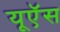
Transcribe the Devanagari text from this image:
यूऍस